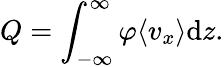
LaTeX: Q=\int_{-\infty}^{\infty}\varphi\langle v_{x}\rangle\mathrm{d}z.